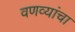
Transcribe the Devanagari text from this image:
वणव्यांचा